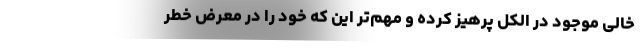
خالی موجود در الکل پرهیز کرده و مهم‌تر این که خود را در معرض خطر